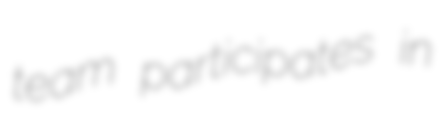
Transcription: team participates in